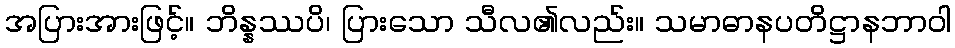
အပြားအားဖြင့်။ ဘိန္နဿပိ၊ ပြားသော သီလ၏လည်း။ သမာဓာနပတိဋ္ဌာနဘာဝါ